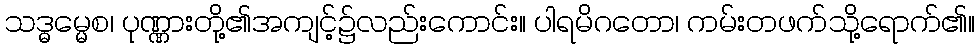
သဒ္ဓမ္မေစ၊ ပုဏ္ဏားတို့၏အကျင့်၌လည်းကောင်း။ ပါရမိဂတော၊ ကမ်းတဖက်သို့ရောက်၏။